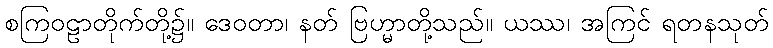
စကြဝဠာတိုက်တို့၌။ ဒေဝတာ၊ နတ် ဗြဟ္မာတို့သည်။ ယဿ၊ အကြင် ရတနသုတ်